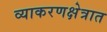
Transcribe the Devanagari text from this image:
व्याकरणक्षेत्रात